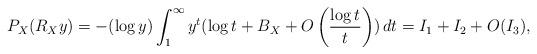
LaTeX: \begin{align*}P_X(R_X y)&=-(\log y)\int_1^\infty y^t(\log t+B_X+O\left( \dfrac{\log t}{t} \right))\,dt=I_1+I_2+O(I_3), \end{align*}